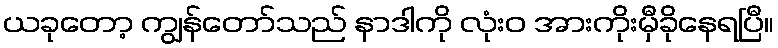
ယခုတော့ ကျွန်တော်သည် နာဒါကို လုံးဝ အားကိုးမှီခိုနေရပြီ။